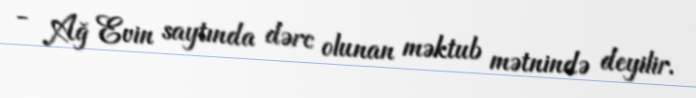
- Ağ Evin saytında dərc olunan məktub mətnində deyilir.